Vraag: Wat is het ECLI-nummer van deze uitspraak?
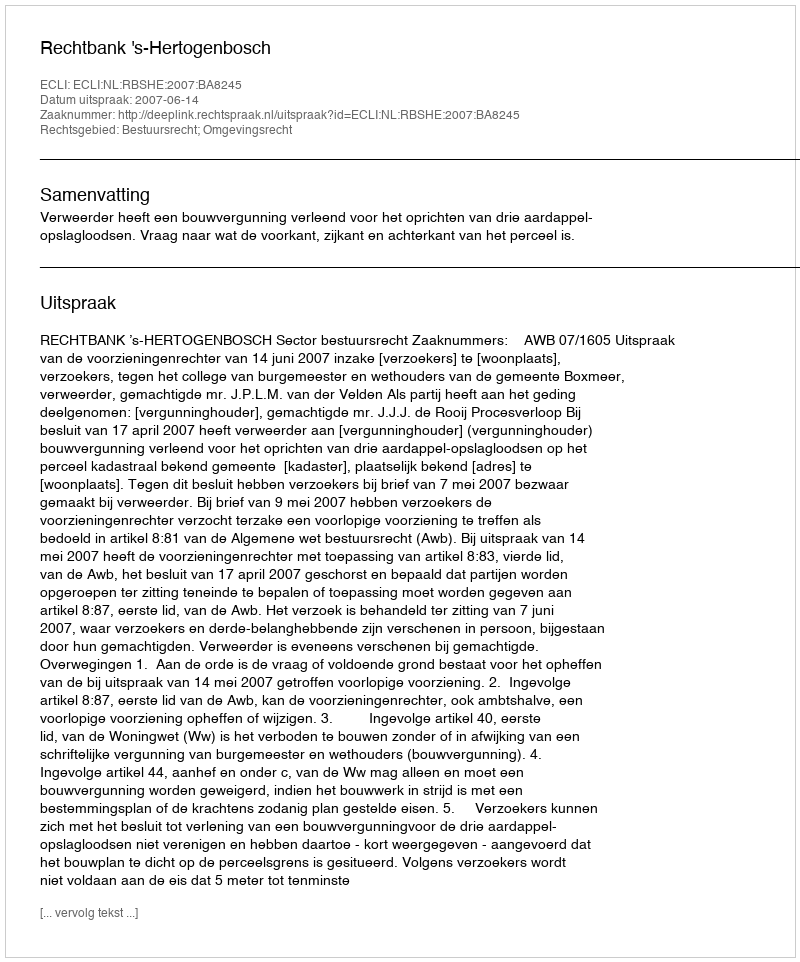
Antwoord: ECLI:NL:RBSHE:2007:BA8245